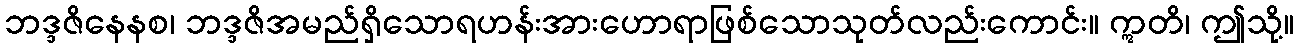
ဘဒ္ဒဇိနေနစ၊ ဘဒ္ဒဇိအမည်ရှိသောရဟန်းအားဟောရာဖြစ်သောသုတ်လည်းကောင်း။ ဣတိ၊ ဤသို့။